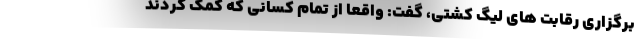
برگزاری رقابت های لیگ کشتی، گفت: واقعا از تمام کسانی که کمک کردند